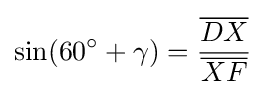
\sin(60^{\circ }+\gamma )={\frac {\overline {DX}}{\overline {XF}}}